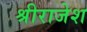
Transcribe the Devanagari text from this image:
श्रीराजेश